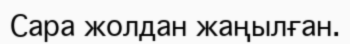
Сара жолдан жаңылған.